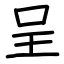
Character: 呈